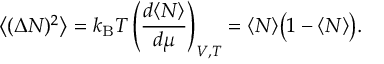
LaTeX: { \big \langle } ( \Delta N ) ^ { 2 } { \big \rangle } = k _ { \mathrm { { B } } } T \left( { \frac { d \langle N \rangle } { d \mu } } \right) _ { V , T } = \langle N \rangle { \big ( } 1 - \langle N \rangle { \big ) } .